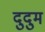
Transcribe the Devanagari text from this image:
दुदुम